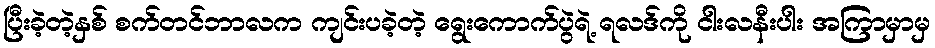
ပြီးခဲ့တဲ့နှစ် စက်တင်ဘာလက ကျင်းပခဲ့တဲ့ ရွေးကောက်ပွဲရဲ့ ရလဒ်ကို ငါးလနီးပါး အကြာမှာမှ